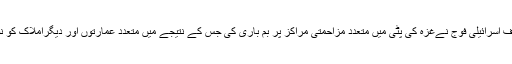
دوسری طرف اسرائیلی فوج نےغزہ کی پٹی میں متعدد مزاحمتی مراکز پر بم باری کی جس کے نتیجے میں متعدد عمارتوں اور دیگراملاک کو نقصان پہنچا۔